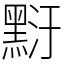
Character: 䵦